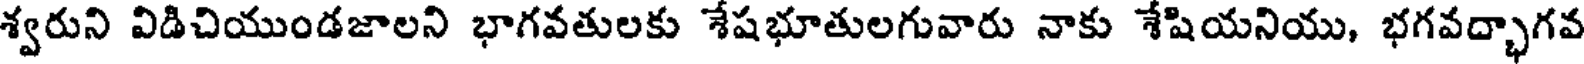
శ్వరుని విడిచియుండజాలని భాగవతులకు శేషభూతులగువారు నాకు శేషియనియు, భగవద్భాగవ